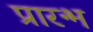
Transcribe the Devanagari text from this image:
प्रारन्भ